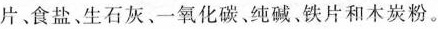
片食盐、生石灰、一氧化碳、纯碱。铁片和木炭粉。